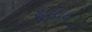
થવાદ